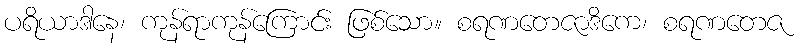
ပရိယာဒါနေ၊ ကုန်ရာကုန်ကြောင်း ဖြစ်သော။ စရဏတေဇာဒိကေ၊ စရဏတေဇ